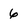
Character: 6